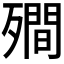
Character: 𭮣